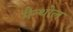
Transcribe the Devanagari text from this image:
मैन्थोल